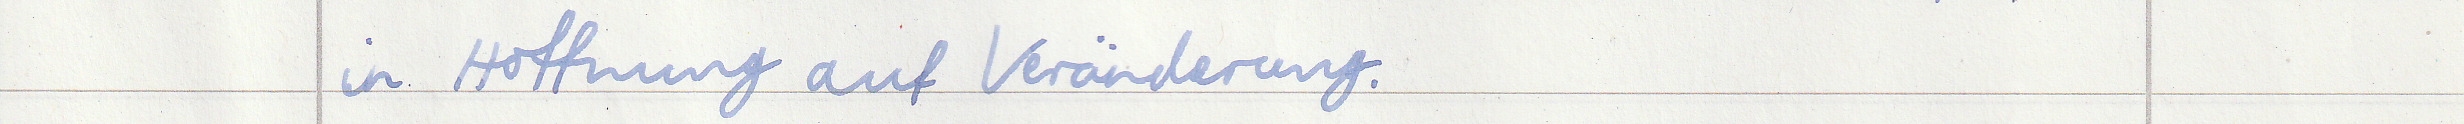
in Hoffnung auf Veränderung.